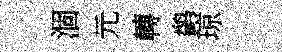
涸元轉鹢琼